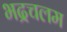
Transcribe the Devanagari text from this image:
भद्रचलम